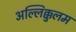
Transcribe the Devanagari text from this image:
अल्लिक्कुलम